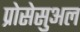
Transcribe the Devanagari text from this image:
प्रोसेसुअल